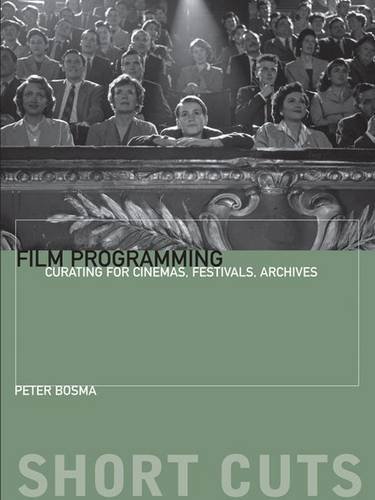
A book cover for Film Programming: Curating for Cinemas, Festivals, Archives (Short Cuts); Peter Bosma; Humor & Entertainment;